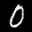
Label: 0